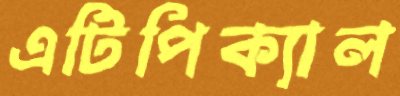
এটিপিক্যাল